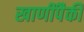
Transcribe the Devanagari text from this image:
खाणींपैकी